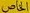
الخاص